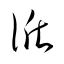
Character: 循